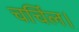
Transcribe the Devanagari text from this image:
चर्चिल।